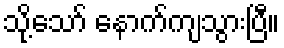
သို့သော် နောက်ကျသွားပြီ။